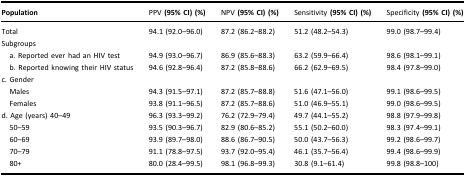
<table><thead><tr><td><b>Population</b></td><td><b>PPV (95% CI) (%)</b></td><td><b>NPV (95% CI) (%)</b></td><td><b>Sensitivity (95% CI) (%)</b></td><td><b>Specificity (95% CI) (%)</b></td></tr></thead><tbody><tr><td>Total</td><td>94.1 (92.0–96.0)</td><td>87.2 (86.2–88.2)</td><td>51.2 (48.2–54.3)</td><td>99.0 (98.7–99.4)</td></tr><tr><td>Subgroups</td><td> </td><td> </td><td> </td><td> </td></tr><tr><td> a. Reported ever had an HIV test</td><td>94.9 (93.0–96.7)</td><td>86.9 (85.6–88.3)</td><td>63.2 (59.9–66.4)</td><td>98.6 (98.1–99.1)</td></tr><tr><td> b. Reported knowing their HIV status</td><td>94.6 (92.8–96.4)</td><td>87.2 (85.8–88.6)</td><td>66.2 (62.9–69.5)</td><td>98.4 (97.8–99.0)</td></tr><tr><td>c. Gender</td><td> </td><td> </td><td> </td><td> </td></tr><tr><td> Males</td><td>94.3 (91.5–97.1)</td><td>87.2 (85.7–88.8)</td><td>51.6 (47.1–56.0)</td><td>99.1 (98.6–99.5)</td></tr><tr><td> Females</td><td>93.8 (91.1–96.5)</td><td>87.2 (85.7–88.6)</td><td>51.0 (46.9–55.1)</td><td>99.0 (98.6–99.5)</td></tr><tr><td>d. Age (years) 40–49</td><td>96.3 (93.3–99.2)</td><td>76.2 (72.9–79.4)</td><td>49.7 (44.1–55.2)</td><td>98.8 (97.9–99.8)</td></tr><tr><td> 50–59</td><td>93.5 (90.3–96.7)</td><td>82.9 (80.6–85.2)</td><td>55.1 (50.2–60.0)</td><td>98.3 (97.4–99.1)</td></tr><tr><td> 60–69</td><td>93.9 (89.7–98.0)</td><td>88.6 (86.7–90.5)</td><td>50.0 (43.7–56.3)</td><td>99.2 (98.6–99.7)</td></tr><tr><td> 70–79</td><td>91.1 (78.8–97.5)</td><td>93.7 (92.0–95.4)</td><td>46.1 (35.7–56.4)</td><td>99.4 (98.6–99.9)</td></tr><tr><td> 80+</td><td>80.0 (28.4–99.5)</td><td>98.1 (96.8–99.3)</td><td>30.8 (9.1–61.4)</td><td>99.8 (98.8–100)</td></tr></tbody></table>